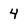
Character: 4